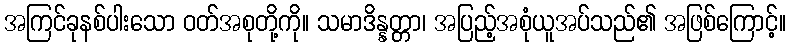
အကြင်ခုနစ်ပါးသော ဝတ်အစုတို့ကို။ သမာဒိန္နတ္တာ၊ အပြည့်အစုံယူအပ်သည်၏ အဖြစ်ကြောင့်။